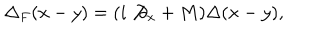
LaTeX: \Delta _ { F } ( x - y ) = ( i \not { \partial } _ { x } + M ) \Delta ( x - y ) ,